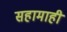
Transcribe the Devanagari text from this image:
सहामाही